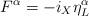
LaTeX: \begin{align*} F^{\alpha}=- i_X \eta^\alpha_L \end{align*}